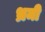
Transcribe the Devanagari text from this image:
भ्रमी